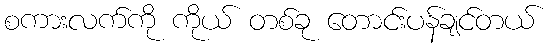
စကားလက်ကို ကိုယ် တစ်ခု တောင်းပန်ချင်တယ်